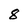
Character: 8